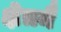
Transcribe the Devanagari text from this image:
क्षेत्रमै